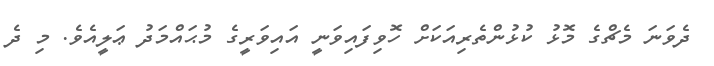
ދެވަނަ މެޗްގެ މޮޅު ކުޅުންތެރިއަކަށް ހޮވިފައިވަނީ އައިވަރީގެ މުޙައްމަދު ޢަލީއެވެ. މި ދެ